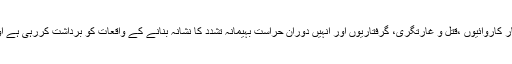
عامر خان نے نے کہا کہ ایم کیوایم شہر کے امن کی خاطر کارکنان کے گھروں اور دفاتر پر چھاپہ مار کاروائیوں ،قتل و غارتگری، گرفتاریوں اور انہیں دورانِ حراست بہیمانہ تشدد کا نشانہ بنانے کے واقعات کو برداشت کررہی ہے اور صبر کے گھونٹ پی رہی ہے تاہم اس عمل کو ایم کیوایم کی کمزوری سے ہرگز تعبیر نہ کیاجائے۔